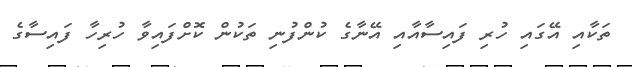
ތަކާއި އޭގައި ހުރި ފައިސާއާއި އޭނާގެ ކުންފުނި ތަކުން ކޮށްފައިވާ ހުރިހާ ފައިސާގެ